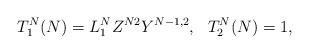
LaTeX: \begin{align*}T_1^N(N)=L_1^NZ^{N2}Y^{N-1,2},\ \ T_2^N(N)=1,\end{align*}